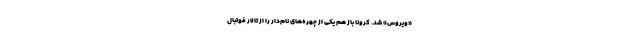
«ویروس» شد. کرونا باز هم یکی از چهره‌های نام‌دار را از تالار فوتبال